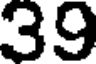
39